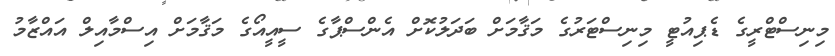
މިނިސްޓްރީގެ ޑެޕިއުޓީ މިނިސްޓަރުގެ މަޤާމަށް ބަދަލުކޮށް އެންސްޕާގެ ސީއީއޯގެ މަޤާމަށް އިސްމާއިލް އައްޒާމު